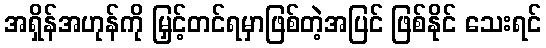
အရှိန်အဟုန်ကို မြှင့်တင်ရမှာဖြစ်တဲ့အပြင် ဖြစ်နိုင် သေးရင်